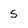
Character: 5